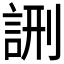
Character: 𮘉